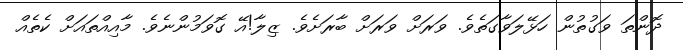
ދޮންތަ ވަގުތުން ހަޅޭލަވާގަތެވެ. ވަރަށް ވަރަށް ބާރަށެވެ. ޒިލާ!އޭ ގޮވަމުންނެވެ. މާއިއްތައަށް ކެތެއް